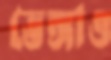
ভেঙ্গাও